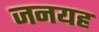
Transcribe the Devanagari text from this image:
जनयह